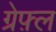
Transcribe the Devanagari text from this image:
ग्रेफ़्ल